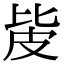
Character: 㿫